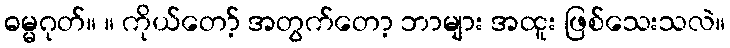
ဓမ္မဂုတ်။ ။ ကိုယ်တော့် အတွက်တော့ ဘာများ အထူး ဖြစ်သေးသလဲ။